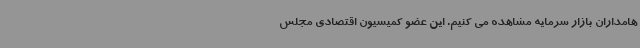
هامداران بازار سرمایه مشاهده می کنیم. این عضو کمیسیون اقتصادی مجلس